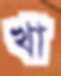
খা